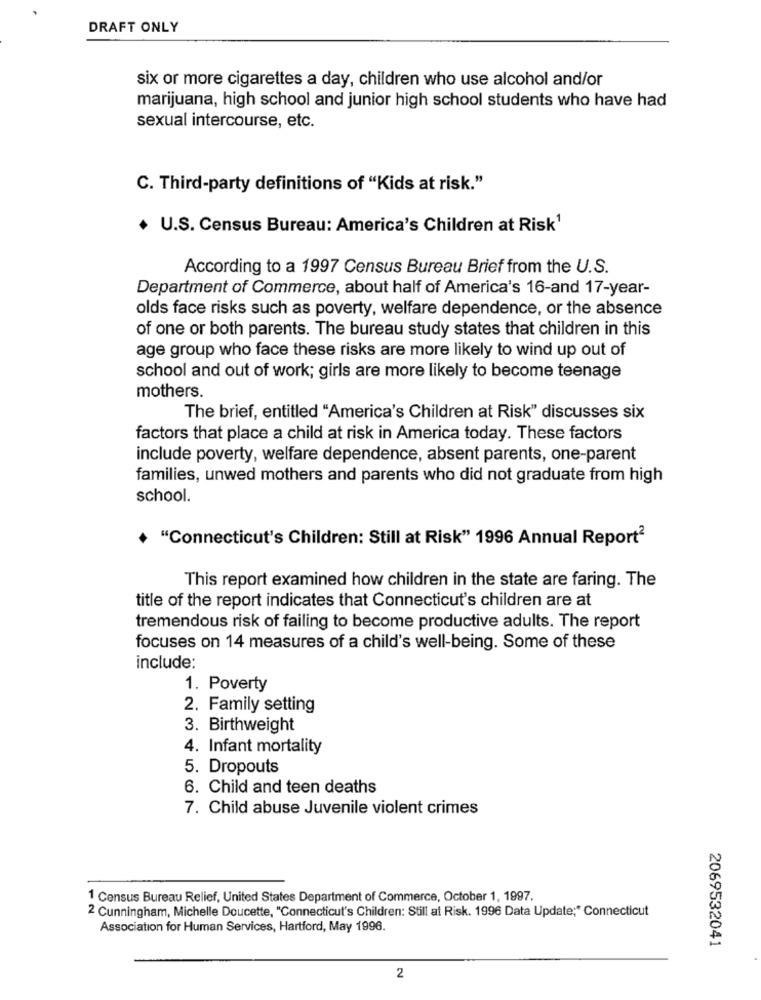
DRAFT ONLY
six or more cigarettes a day, children who use alcohol and/or
marijuana, high school and junior high school students who have had
sexual intercourse, etc.
C. Third-party definitions of "Kids at risk."
+ U.S. Census Bureau: America's Children at Risk1
According to a 1997 Census Bureau Brief from the U.S.
Department of Commerce, about half of America's 16-and 17-year-
olds face risks such as poverty, welfare dependence, or the absence
of one or both parents. The bureau study states that children in this
age group who face these risks are more likely to wind up out of
school and out of work; girls are more likely to become teenage
mothers.
The brief, entitled "America's Children at Risk" discusses six
factors that place a child at risk in America today. These factors
include poverty, welfare dependence, absent parents, one-parent
families, unwed mothers and parents who did not graduate from high
school.
"Connecticut's Children: Still at Risk" 1996 Annual Report2
This report examined how children in the state are faring. The
title of the report indicates that Connecticut's children are at
tremendous risk of failing to become productive adults. The report
focuses on 14 measures of a child's well-being. Some of these
include:
1. Poverty
2. Family setting
3. Birthweight
4. Infant mortality
5. Dropouts
6. Child and teen deaths
7. Child abuse Juvenile violent crimes
1 Census Bureau Relief, United States Department of Commerce, October 1, 1997.
2 Cunningham, Michelle Doucette, "Connecticut's Children: Still at Risk. 1996 Data Update;" Connecticut
Association for Human Services, Hartford, May 1996.
2069532041
2